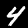
Digit: 4